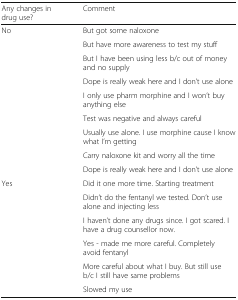
<table><thead><tr><td><b>Any changes in drug use?</b></td><td><b>Comment</b></td></tr></thead><tbody><tr><td rowspan="9">No</td><td>But got some naloxone</td></tr><tr><td>But have more awareness to test my stuff</td></tr><tr><td>But I have been using less b/c out of money and no supply</td></tr><tr><td>Dope is really weak here and I don’t use alone</td></tr><tr><td>I only use pharm morphine and I won’t buy anything else</td></tr><tr><td>Test was negative and always careful</td></tr><tr><td>Usually use alone. I use morphine cause I know what I’m getting</td></tr><tr><td>Carry naloxone kit and worry all the time</td></tr><tr><td>Dope is really weak here and I don’t use alone</td></tr><tr><td rowspan="6">Yes</td><td>Did it one more time. Starting treatment</td></tr><tr><td>Didn’t do the fentanyl we tested. Don’t use alone and injecting less</td></tr><tr><td>I haven’t done any drugs since. I got scared. I have a drug counsellor now.</td></tr><tr><td>Yes - made me more careful. Completely avoid fentanyl</td></tr><tr><td>More careful about what I buy. But still use b/c I still have same problems</td></tr><tr><td>Slowed my use</td></tr></tbody></table>